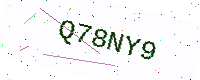
Text: Q78NY9